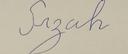
Signature authenticity: forged